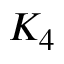
K _ { 4 }